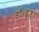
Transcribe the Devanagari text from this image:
डॉ॰इड़ा